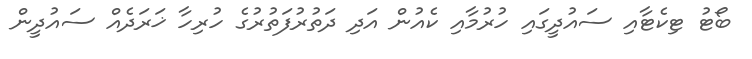
ބޯޓު ޓިކެޓާއި ސައުދީގައި ހުރުމާއި ކެއުން އަދި ދަތުރުފަތުރުގެ ހުރިހާ ޚަރަދެއް ސައުދީން